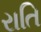
રાતિ